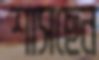
শাসছেন